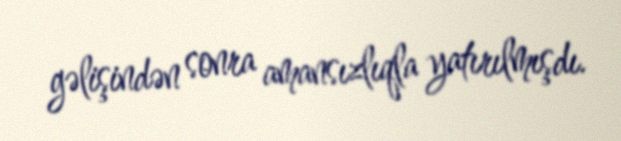
gəlişindən sonra amansızlıqla yatırılmışdı.